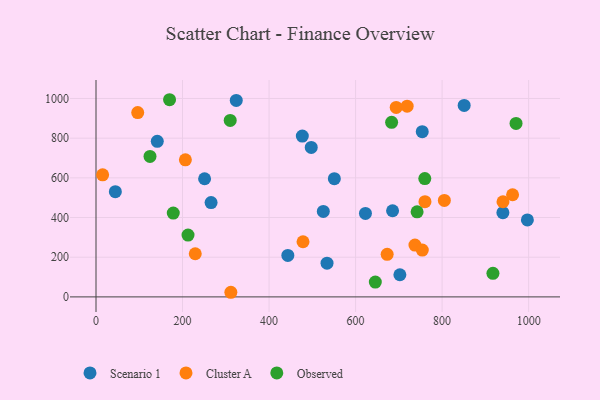
{"axis": {"x": "Engine Size", "y": "Rating"}, "legend": ["Cluster A", "Observed", "Scenario 1"], "data": [{"x": "534.0", "y": 170.0, "type": "Scenario 1"}, {"x": "754.1", "y": 832.6, "type": "Scenario 1"}, {"x": "251.0", "y": 595.4, "type": "Scenario 1"}, {"x": "497.5", "y": 753.3, "type": "Scenario 1"}, {"x": "940.5", "y": 424.6, "type": "Scenario 1"}, {"x": "550.9", "y": 595.6, "type": "Scenario 1"}, {"x": "476.9", "y": 810.4, "type": "Scenario 1"}, {"x": "44.7", "y": 530.5, "type": "Scenario 1"}, {"x": "851.0", "y": 965.2, "type": "Scenario 1"}, {"x": "685.5", "y": 434.1, "type": "Scenario 1"}, {"x": "266.0", "y": 475.3, "type": "Scenario 1"}, {"x": "702.4", "y": 111.5, "type": "Scenario 1"}, {"x": "622.8", "y": 420.9, "type": "Scenario 1"}, {"x": "141.6", "y": 783.9, "type": "Scenario 1"}, {"x": "997.1", "y": 387.8, "type": "Scenario 1"}, {"x": "525.4", "y": 431.0, "type": "Scenario 1"}, {"x": "324.2", "y": 990.2, "type": "Scenario 1"}, {"x": "443.4", "y": 208.9, "type": "Scenario 1"}, {"x": "760.4", "y": 480.0, "type": "Cluster A"}, {"x": "693.9", "y": 954.7, "type": "Cluster A"}, {"x": "206.6", "y": 690.6, "type": "Cluster A"}, {"x": "673.0", "y": 214.5, "type": "Cluster A"}, {"x": "805.2", "y": 486.3, "type": "Cluster A"}, {"x": "229.4", "y": 217.5, "type": "Cluster A"}, {"x": "737.2", "y": 261.4, "type": "Cluster A"}, {"x": "940.7", "y": 479.4, "type": "Cluster A"}, {"x": "962.9", "y": 514.9, "type": "Cluster A"}, {"x": "754.2", "y": 235.8, "type": "Cluster A"}, {"x": "15.3", "y": 615.3, "type": "Cluster A"}, {"x": "719.2", "y": 961.4, "type": "Cluster A"}, {"x": "96.4", "y": 929.1, "type": "Cluster A"}, {"x": "311.7", "y": 23.3, "type": "Cluster A"}, {"x": "478.5", "y": 278.0, "type": "Cluster A"}, {"x": "683.3", "y": 879.6, "type": "Observed"}, {"x": "645.6", "y": 74.6, "type": "Observed"}, {"x": "917.5", "y": 118.8, "type": "Observed"}, {"x": "178.6", "y": 422.6, "type": "Observed"}, {"x": "170.0", "y": 993.7, "type": "Observed"}, {"x": "212.7", "y": 311.5, "type": "Observed"}, {"x": "124.8", "y": 707.8, "type": "Observed"}, {"x": "970.9", "y": 874.1, "type": "Observed"}, {"x": "760.0", "y": 596.3, "type": "Observed"}, {"x": "310.2", "y": 889.2, "type": "Observed"}, {"x": "742.2", "y": 428.7, "type": "Observed"}]}